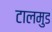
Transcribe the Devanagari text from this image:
टालमुड